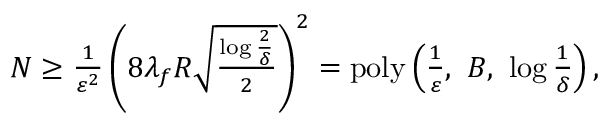
\begin{array} { r } { N \ge \frac { 1 } { \varepsilon ^ { 2 } } \left( 8 \lambda _ { f } R \sqrt { \frac { \log \frac { 2 } { \delta } } { 2 } } \right) ^ { 2 } = \mathrm { p o l y } \left( \frac { 1 } { \varepsilon } , \ B , \ \log \frac { 1 } { \delta } \right) , } \end{array}